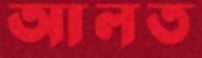
আলত